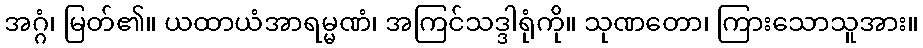
အဂ္ဂံ၊ မြတ်၏။ ယထာယံအာရမ္မဏံ၊ အကြင်သဒ္ဒါရုံကို။ သုဏတော၊ ကြားသောသူအား။